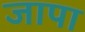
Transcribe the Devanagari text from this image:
जापा